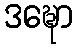
ဒဍ္ဎော